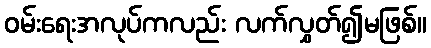
ဝမ်းရေးအလုပ်ကလည်း လက်လွှတ်၍မဖြစ်။